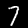
Digit: 7